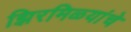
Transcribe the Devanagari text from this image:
झिरमिळ्यांचे